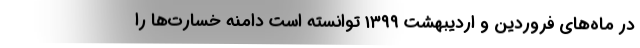
در ماه‌های فروردین و اردیبهشت ۱۳۹۹ توانسته است دامنه خسارت‌ها را